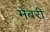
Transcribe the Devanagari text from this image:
मेबरी